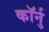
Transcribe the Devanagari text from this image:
कॉर्नु